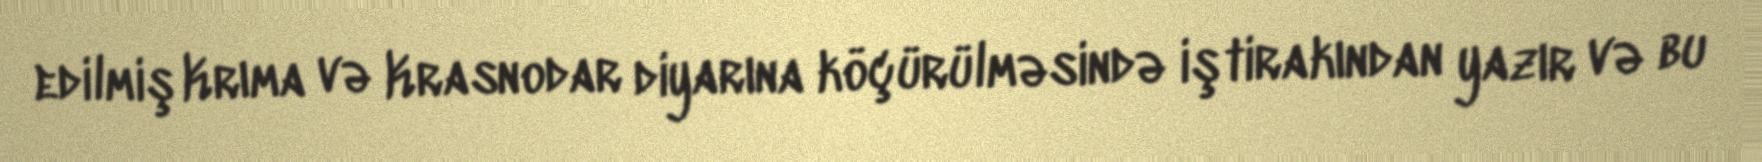
edilmiş Krıma və Krasnodar diyarına köçürülməsində iştirakından yazır və bu